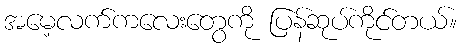
အမေ့လက်ကလေးတွေကို ပြန်ဆုပ်ကိုင်တယ်။